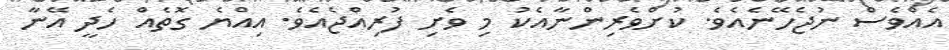
އެއްްވެސް ނުޖެހޭނެއެވެ. ކުށްވެރިންނާއެކު މި ވެށި ފުރިއްޖެއެވެ. އިއްޔެ ގޮތެއް ހެދީ އޭނާ